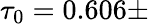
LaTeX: \tau_{0}=0.606\pm